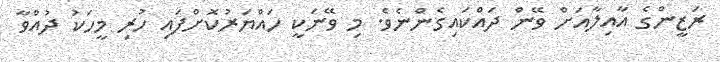
ރަޒީންގެ އާއިލާއަށް ވޭން ދައްކައިގެންނެވެ. މި ވޭނަކީ ހައްޔަރުކޮށްފައިި ހުރި މީހަކު ދުއްވާ